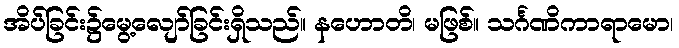
အိပ်ခြင်း၌မွေ့လျော်ခြင်းရှိသည်။ နဟောတိ၊ မဖြစ်။ သင်္ဂဏိကာရာမော၊